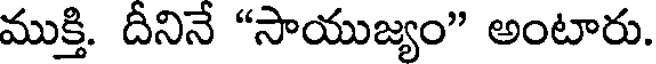
ముక్తి. దీనినే "సాయుజ్యం" అంటారు.